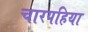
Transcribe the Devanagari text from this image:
चारपहिया